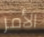
الأمر